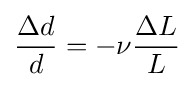
{\frac {\Delta d}{d}}=-\nu {\frac {\Delta L}{L}}